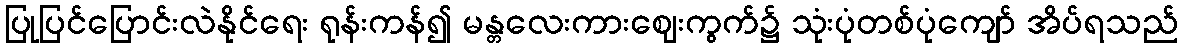
ပြုပြင်ပြောင်းလဲနိုင်ရေး ရုန်းကန်၍ မန္တလေးကားဈေးကွက်၌ သုံးပုံတစ်ပုံကျော် အိပ်ရသည်